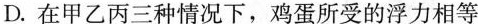
D.在甲乙丙三种情况下，鸡蛋所受的浮力相等